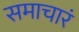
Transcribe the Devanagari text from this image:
समाचारं